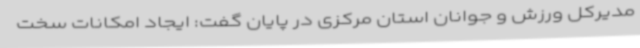
مدیرکل ورزش و جوانان استان مرکزی در پایان گفت: ایجاد امکانات سخت